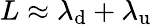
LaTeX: L\approx\lambda_{\mathrm{d}}+\lambda_{\mathrm{u}}